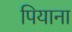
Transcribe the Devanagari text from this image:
पियाना